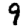
Digit: 9